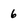
Character: 6